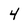
Character: 4